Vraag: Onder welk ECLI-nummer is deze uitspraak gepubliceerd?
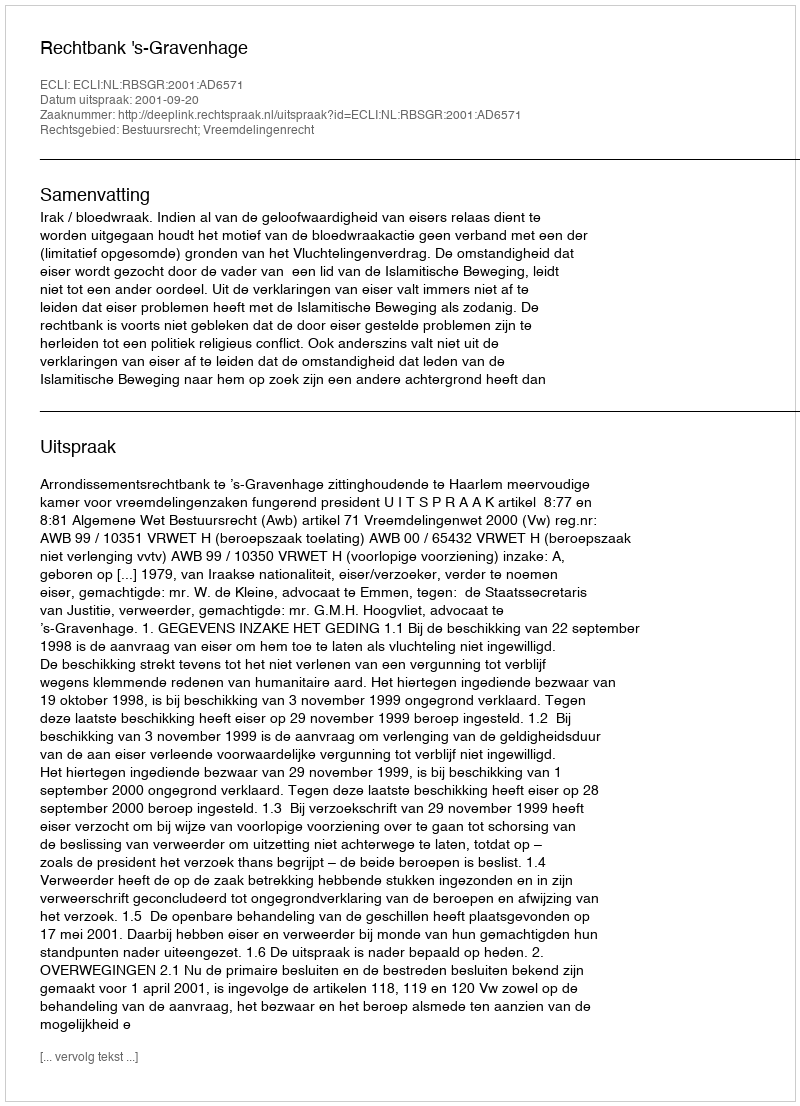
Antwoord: ECLI:NL:RBSGR:2001:AD6571